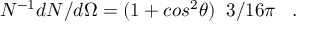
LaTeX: N ^ { - 1 } d N / d \Omega = ( 1 + c o s ^ { 2 } \theta ) \; \; 3 / 1 6 \pi \; \; \; .